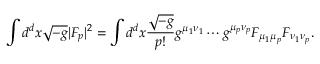
\int d ^ { d } x \sqrt { - g } | F _ { p } | ^ { 2 } = \int d ^ { d } x { \frac { \sqrt { - g } } { p ! } } g ^ { \mu _ { 1 } \nu _ { 1 } } \cdots g ^ { \mu _ { p } \nu _ { p } } F _ { \mu _ { 1 } \mu _ { p } } F _ { \nu _ { 1 } \nu _ { p } } .